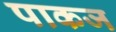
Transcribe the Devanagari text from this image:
पाकज